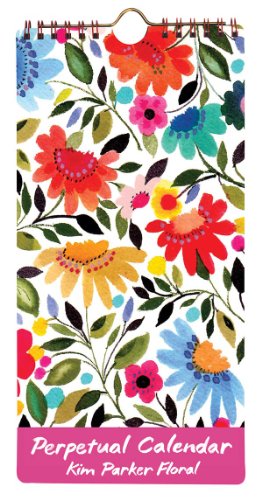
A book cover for Kim Parker Floral Perpetual Calendar; Galison; Calendars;